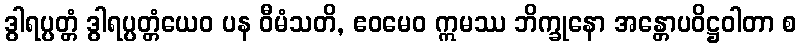
ဒွါရပ္ပတ္တံ ဒွါရပ္ပတ္တံယေဝ ပန ဝီမံသတိ, ဧဝမေဝ ဣမဿ ဘိက္ခုနော အန္တောပဝိဋ္ဌဝါတာ စ